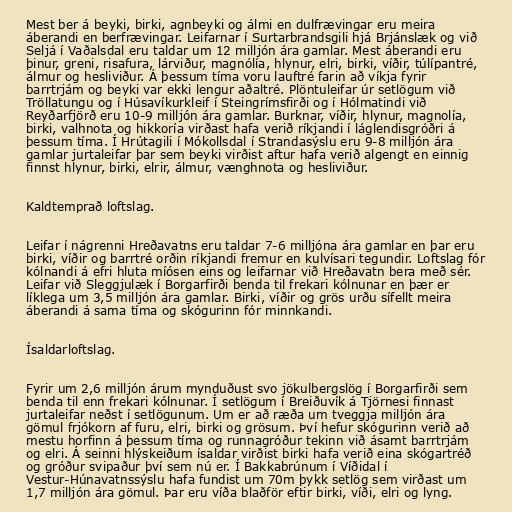
Mest ber á beyki, birki, agnbeyki og álmi en dulfrævingar eru meira
áberandi en berfrævingar. Leifarnar í Surtarbrandsgili hjá Brjánslæk og við
Seljá í Vaðalsdal eru taldar um 12 milljón ára gamlar. Mest áberandi eru
þinur, greni, risafura, lárviður, magnólía, hlynur, elri, birki, víðir, túlípantré,
álmur og hesliviður. Á þessum tíma voru lauftré farin að víkja fyrir
barrtrjám og beyki var ekki lengur aðaltré. Plöntuleifar úr setlögum við
Tröllatungu og í Húsavíkurkleif í Steingrímsfirði og í Hólmatindi við
Reyðarfjörð eru 10-9 milljón ára gamlar. Burknar, víðir, hlynur, magnolía,
birki, valhnota og hikkoría virðast hafa verið ríkjandi í láglendisgróðri á
þessum tíma. Í Hrútagili í Mókollsdal í Strandasýslu eru 9-8 milljón ára
gamlar jurtaleifar þar sem beyki virðist aftur hafa verið algengt en einnig
finnst hlynur, birki, elrir, álmur, vænghnota og hesliviður.

Kaldtemprað loftslag.

Leifar í nágrenni Hreðavatns eru taldar 7-6 milljóna ára gamlar en þar eru
birki, víðir og barrtré orðin ríkjandi fremur en kulvísari tegundir. Loftslag fór
kólnandi á efri hluta míósen eins og leifarnar við Hreðavatn bera með sér.
Leifar við Sleggjulæk í Borgarfirði benda til frekari kólnunar en þær er
líklega um 3,5 milljón ára gamlar. Birki, víðir og grös urðu sífellt meira
áberandi á sama tíma og skógurinn fór minnkandi.

Ísaldarloftslag.

Fyrir um 2,6 milljón árum mynduðust svo jökulbergslög í Borgarfirði sem
benda til enn frekari kólnunar. Í setlögum í Breiðuvík á Tjörnesi finnast
jurtaleifar neðst í setlögunum. Um er að ræða um tveggja milljón ára
gömul frjókorn af furu, elri, birki og grösum. Því hefur skógurinn verið að
mestu horfinn á þessum tíma og runnagróður tekinn við ásamt barrtrjám
og elri. Á seinni hlýskeiðum ísaldar virðist birki hafa verið eina skógartréð
og gróður svipaður því sem nú er. Í Bakkabrúnum í Víðidal í
Vestur-Húnavatnssýslu hafa fundist um 70m þykk setlög sem virðast um
1,7 milljón ára gömul. Þar eru víða blaðför eftir birki, víði, elri og lyng.